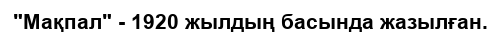
"Мақпал" - 1920 жылдың басында жазылған.